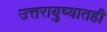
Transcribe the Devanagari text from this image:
उत्तरायुष्यातही